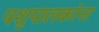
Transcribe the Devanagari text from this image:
पशुपालकांना